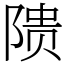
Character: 𬯎